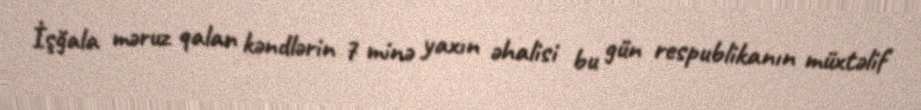
İşğala məruz qalan kəndlərin 7 minə yaxın əhalisi bu gün respublikanın müxtəlif